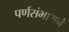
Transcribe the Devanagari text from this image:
पर्णसंभाराने